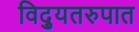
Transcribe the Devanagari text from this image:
विद्युतरुपात